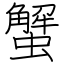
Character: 蟹